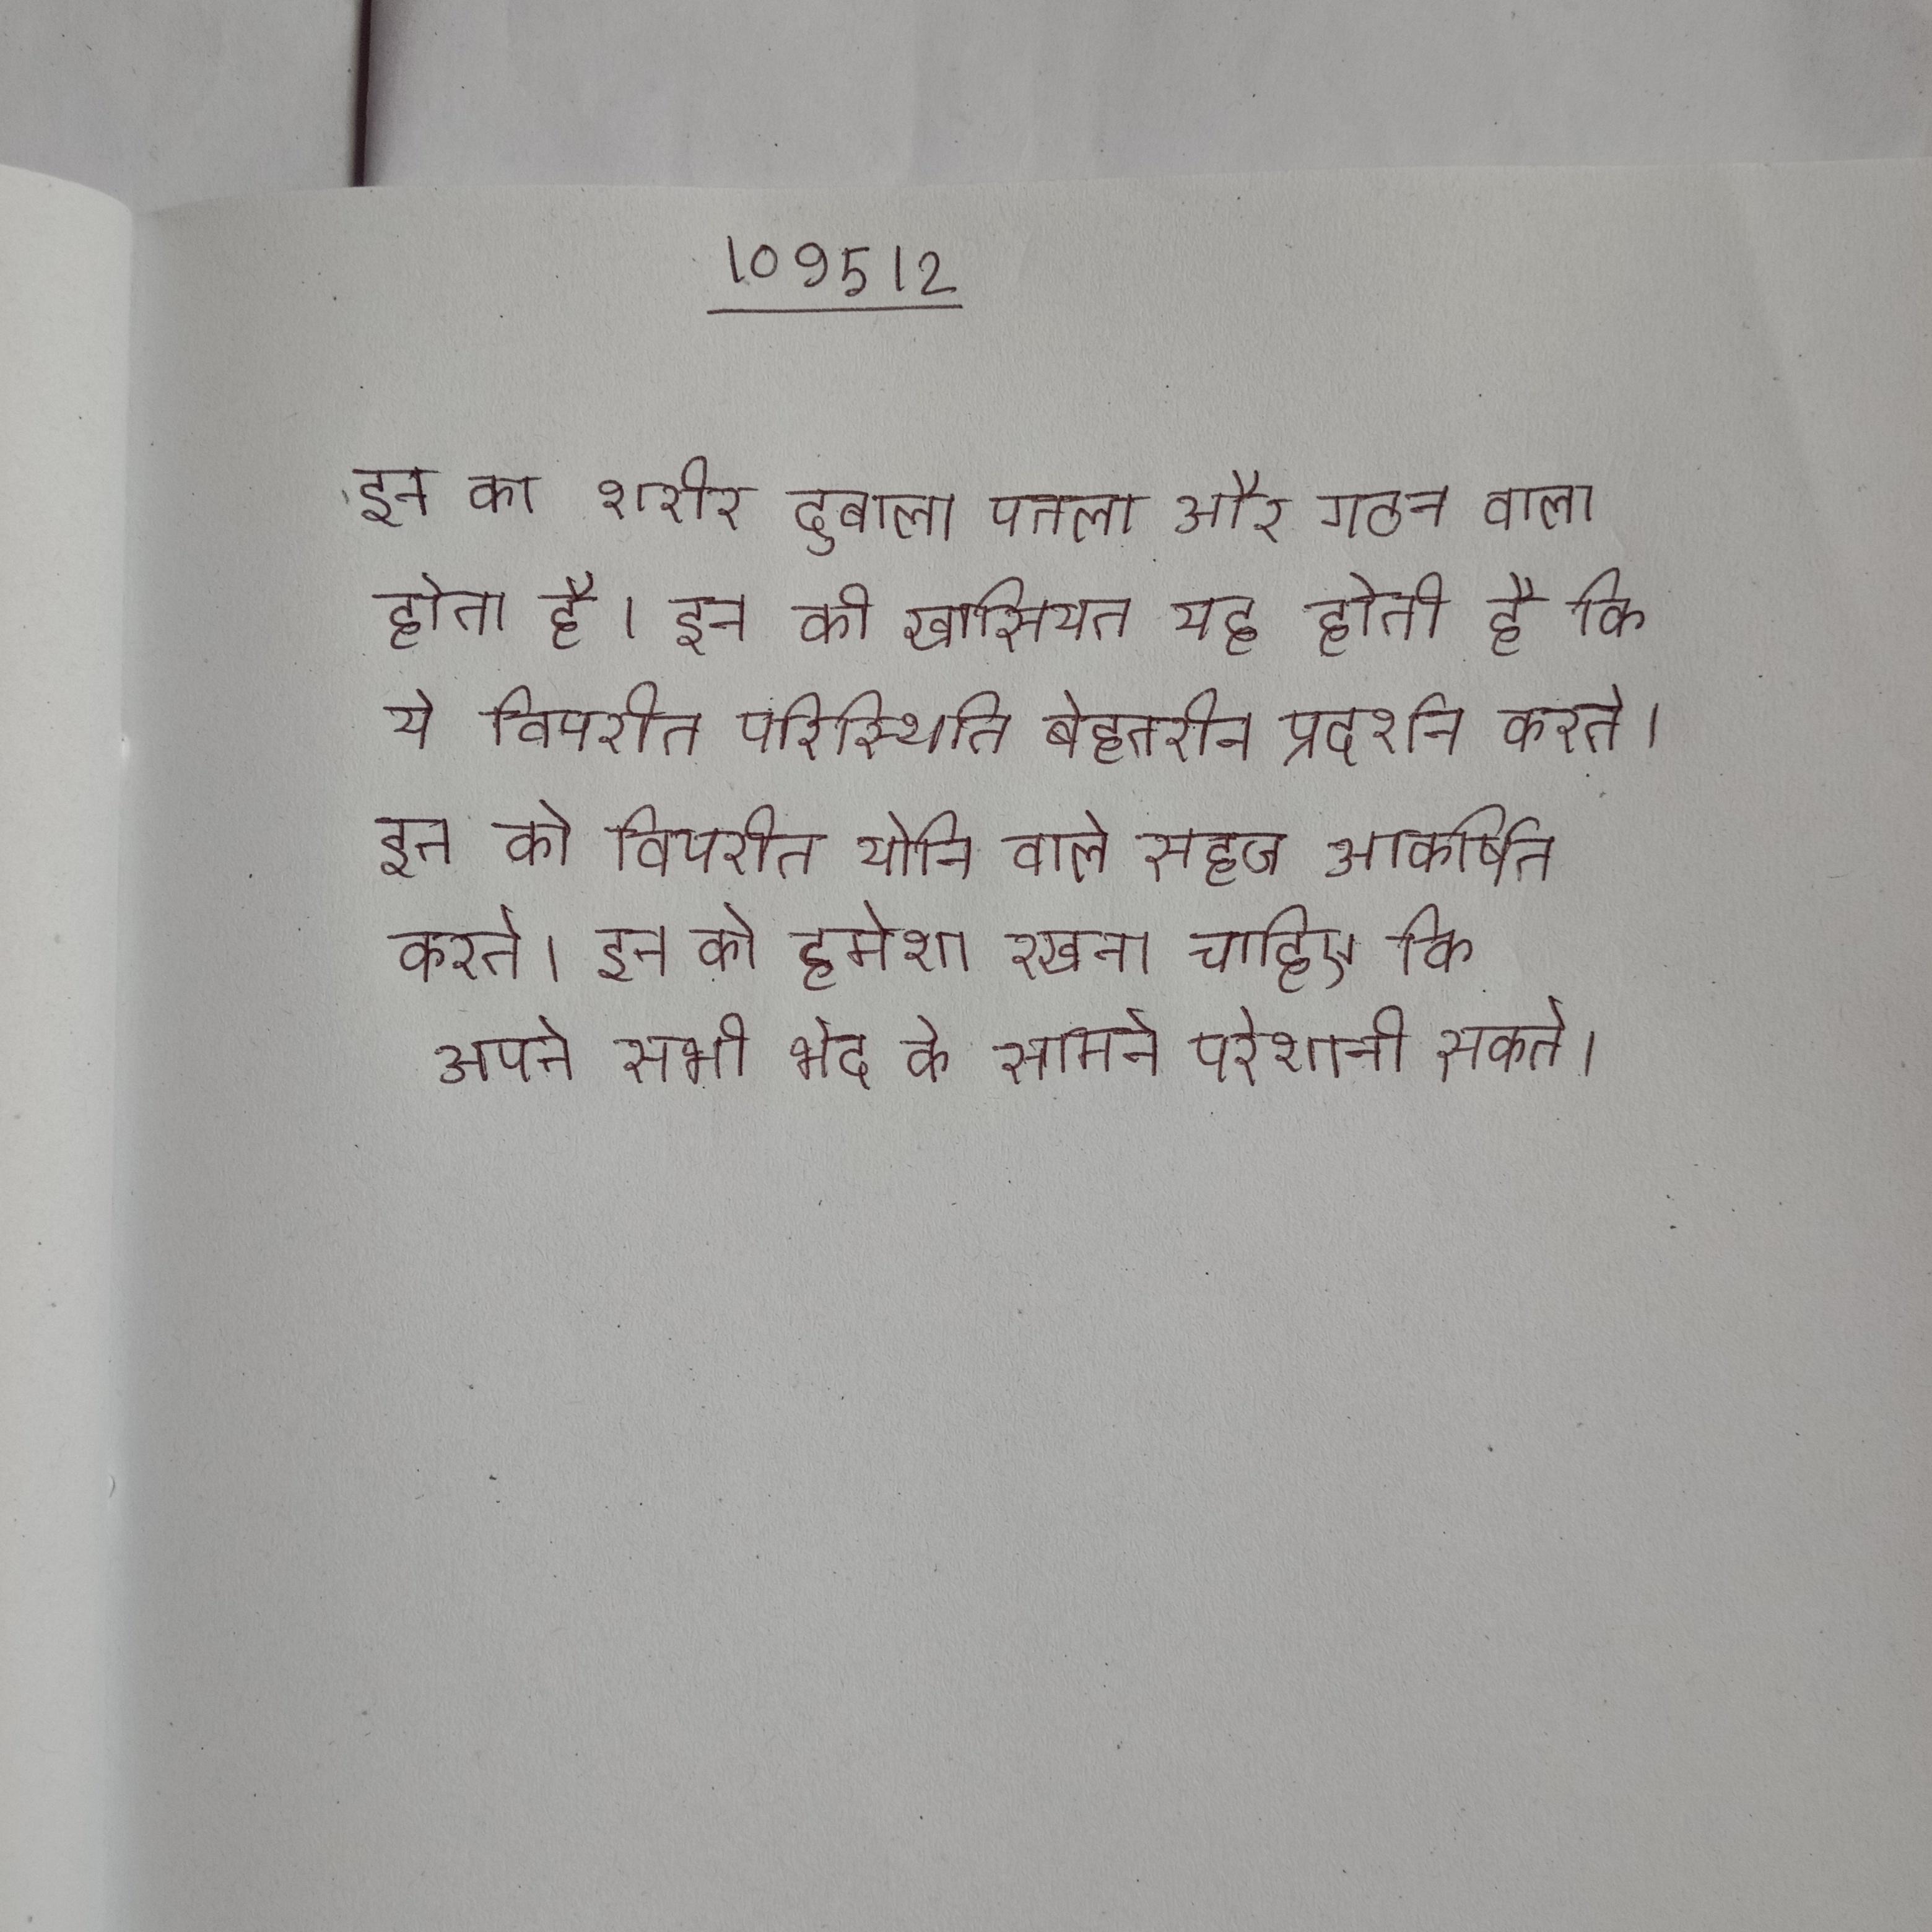
इन का शरीर दुबला पतला और गठन वाला होता है । इन की खासियत यह होती है कि ये विपरीत परिस्थिति बेहतरीन प्रदर्शन करते । इन को विपरीत योनि वाले सहज आकर्षित करते । इन को हमेशा रखना चाहिए कि अपने सभी भेद के सामने परेशानी सकते ।